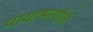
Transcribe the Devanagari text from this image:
पायाभरणीचे